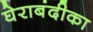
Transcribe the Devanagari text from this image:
घेराबंदीका